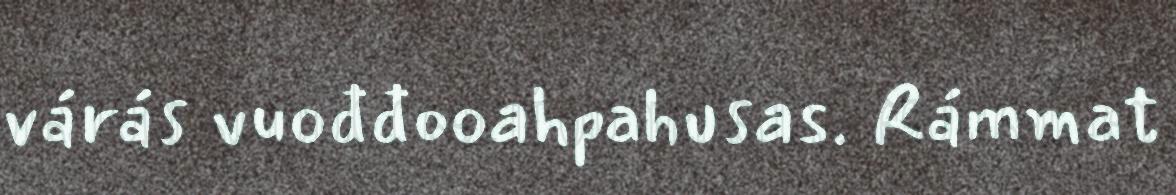
várás vuođđooahpahusas. Rámmat